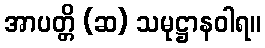
အာပတ္တိ (ဆ) သမုဋ္ဌာနဝါရ။